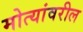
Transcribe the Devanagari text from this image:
मोत्यांवरील